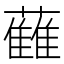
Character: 𱾻